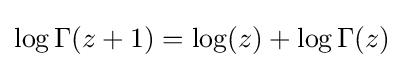
\log \Gamma (z+1)=\log(z)+\log \Gamma (z)